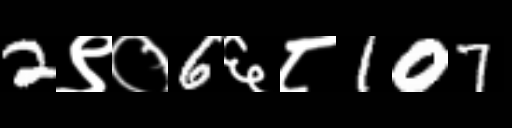
Text: 2९०6६८107